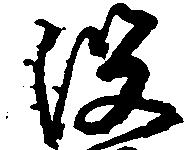
没